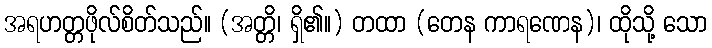
အရဟတ္တဖိုလ်စိတ်သည်။ (အတ္တိ၊ ရှိ၏။) တထာ (တေန ကာရဏေန)၊ ထိုသို့ သော